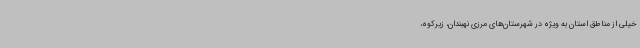
خیلی از مناطق استان به ویژه در شهرستان‌های مرزی نهبندان، زیرکوه،